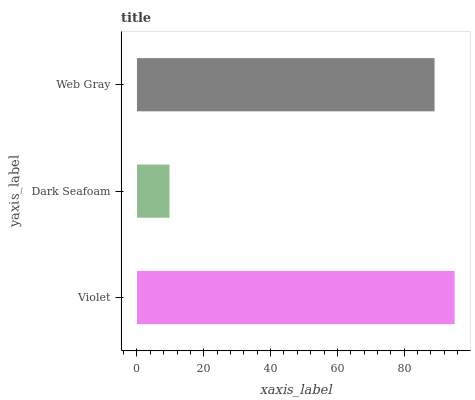
| yaxis_label | bars |
 | --- | --- |
 | Violet | 95.1 |
 | Dark Seafoam | 9.73 |
 | Web Gray | 89.1 |